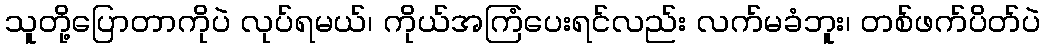
သူတို့ပြောတာကိုပဲ လုပ်ရမယ်၊ ကိုယ်အကြံပေးရင်လည်း လက်မခံဘူး၊ တစ်ဖက်ပိတ်ပဲ